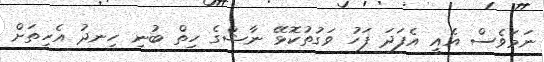
ނަމަވެސް އެއީ އެފަދަ ފަހު ވަގުތުކޮޅޭ ނާޝްގެ ހިތް ބުނި ހިނދު އެހިތަށް